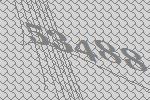
53488